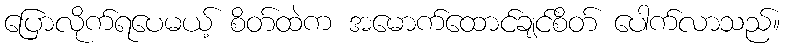
ပြောလိုက်ရပေမယ့် စိတ်ထဲက အမောက်ထောင်ချင်စိတ် ပေါက်လာသည်။